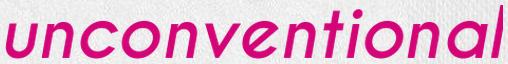
unconventional